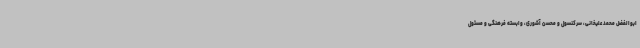
ابوالفضل محمد علیخانی، سرکنسول و محسن آشوری، وابسته فرهنگی و مسئول